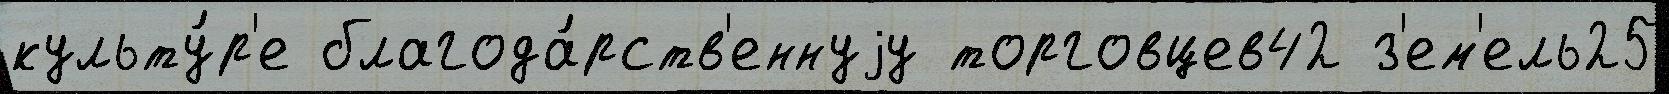
культу́р'е благода́рств'еннуjу торговцев42 з'ем'ель25